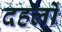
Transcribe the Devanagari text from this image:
दहलों